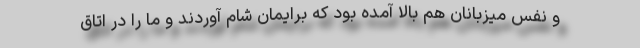
و نفس میزبانان هم بالا آمده بود که برایمان شام آوردند و ما را در اتاق